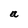
Character: a